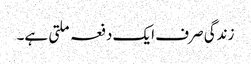
زندگی صرف ایک دفعہ ملتی ہے۔